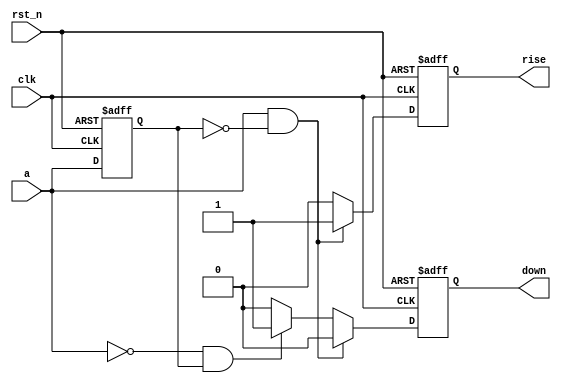
`timescale 1ns/1ns
module verified_edge_detect(
	input clk,
	input rst_n,
	input a,
	
	output reg rise,
	output reg down
);
	reg a0;
    always@(posedge clk or negedge rst_n) begin
        if(~rst_n) begin
            rise <= 1'b0;
            down <= 1'b0;
        end 
        else begin
            if(a & ~a0) begin
                rise <= 1;
                down <= 0;
            end 
            else if (~a & a0) begin
                rise <= 0;
                down <= 1;
            end else begin
                rise <= 0;
                down <= 0;
            end
        end
    end
    
    always@(posedge clk or negedge rst_n) begin
        if(~rst_n) 
            a0 <= 0;
        else 
            a0 <= a;
    end
endmodule